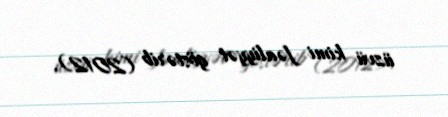
üzvü kimi fəaliyyət göstərib (2012).